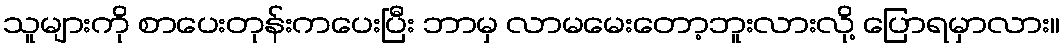
သူများကို စာပေးတုန်းကပေးပြီး ဘာမှ လာမမေးတော့ဘူးလားလို့ ပြောရမှာလား။